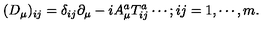
( D _ { \mu } ) _ { i j } = \delta _ { i j } \partial _ { \mu } - i A _ { \mu } ^ { a } T _ { i j } ^ { a } \cdots ; i j = 1 , \cdots , m .